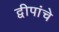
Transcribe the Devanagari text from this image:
द्वीपांचे